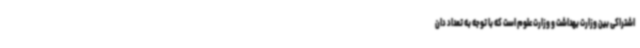
اشتراکی بین وزارت بهداشت و وزارت علوم است که با توجه به تعداد دان